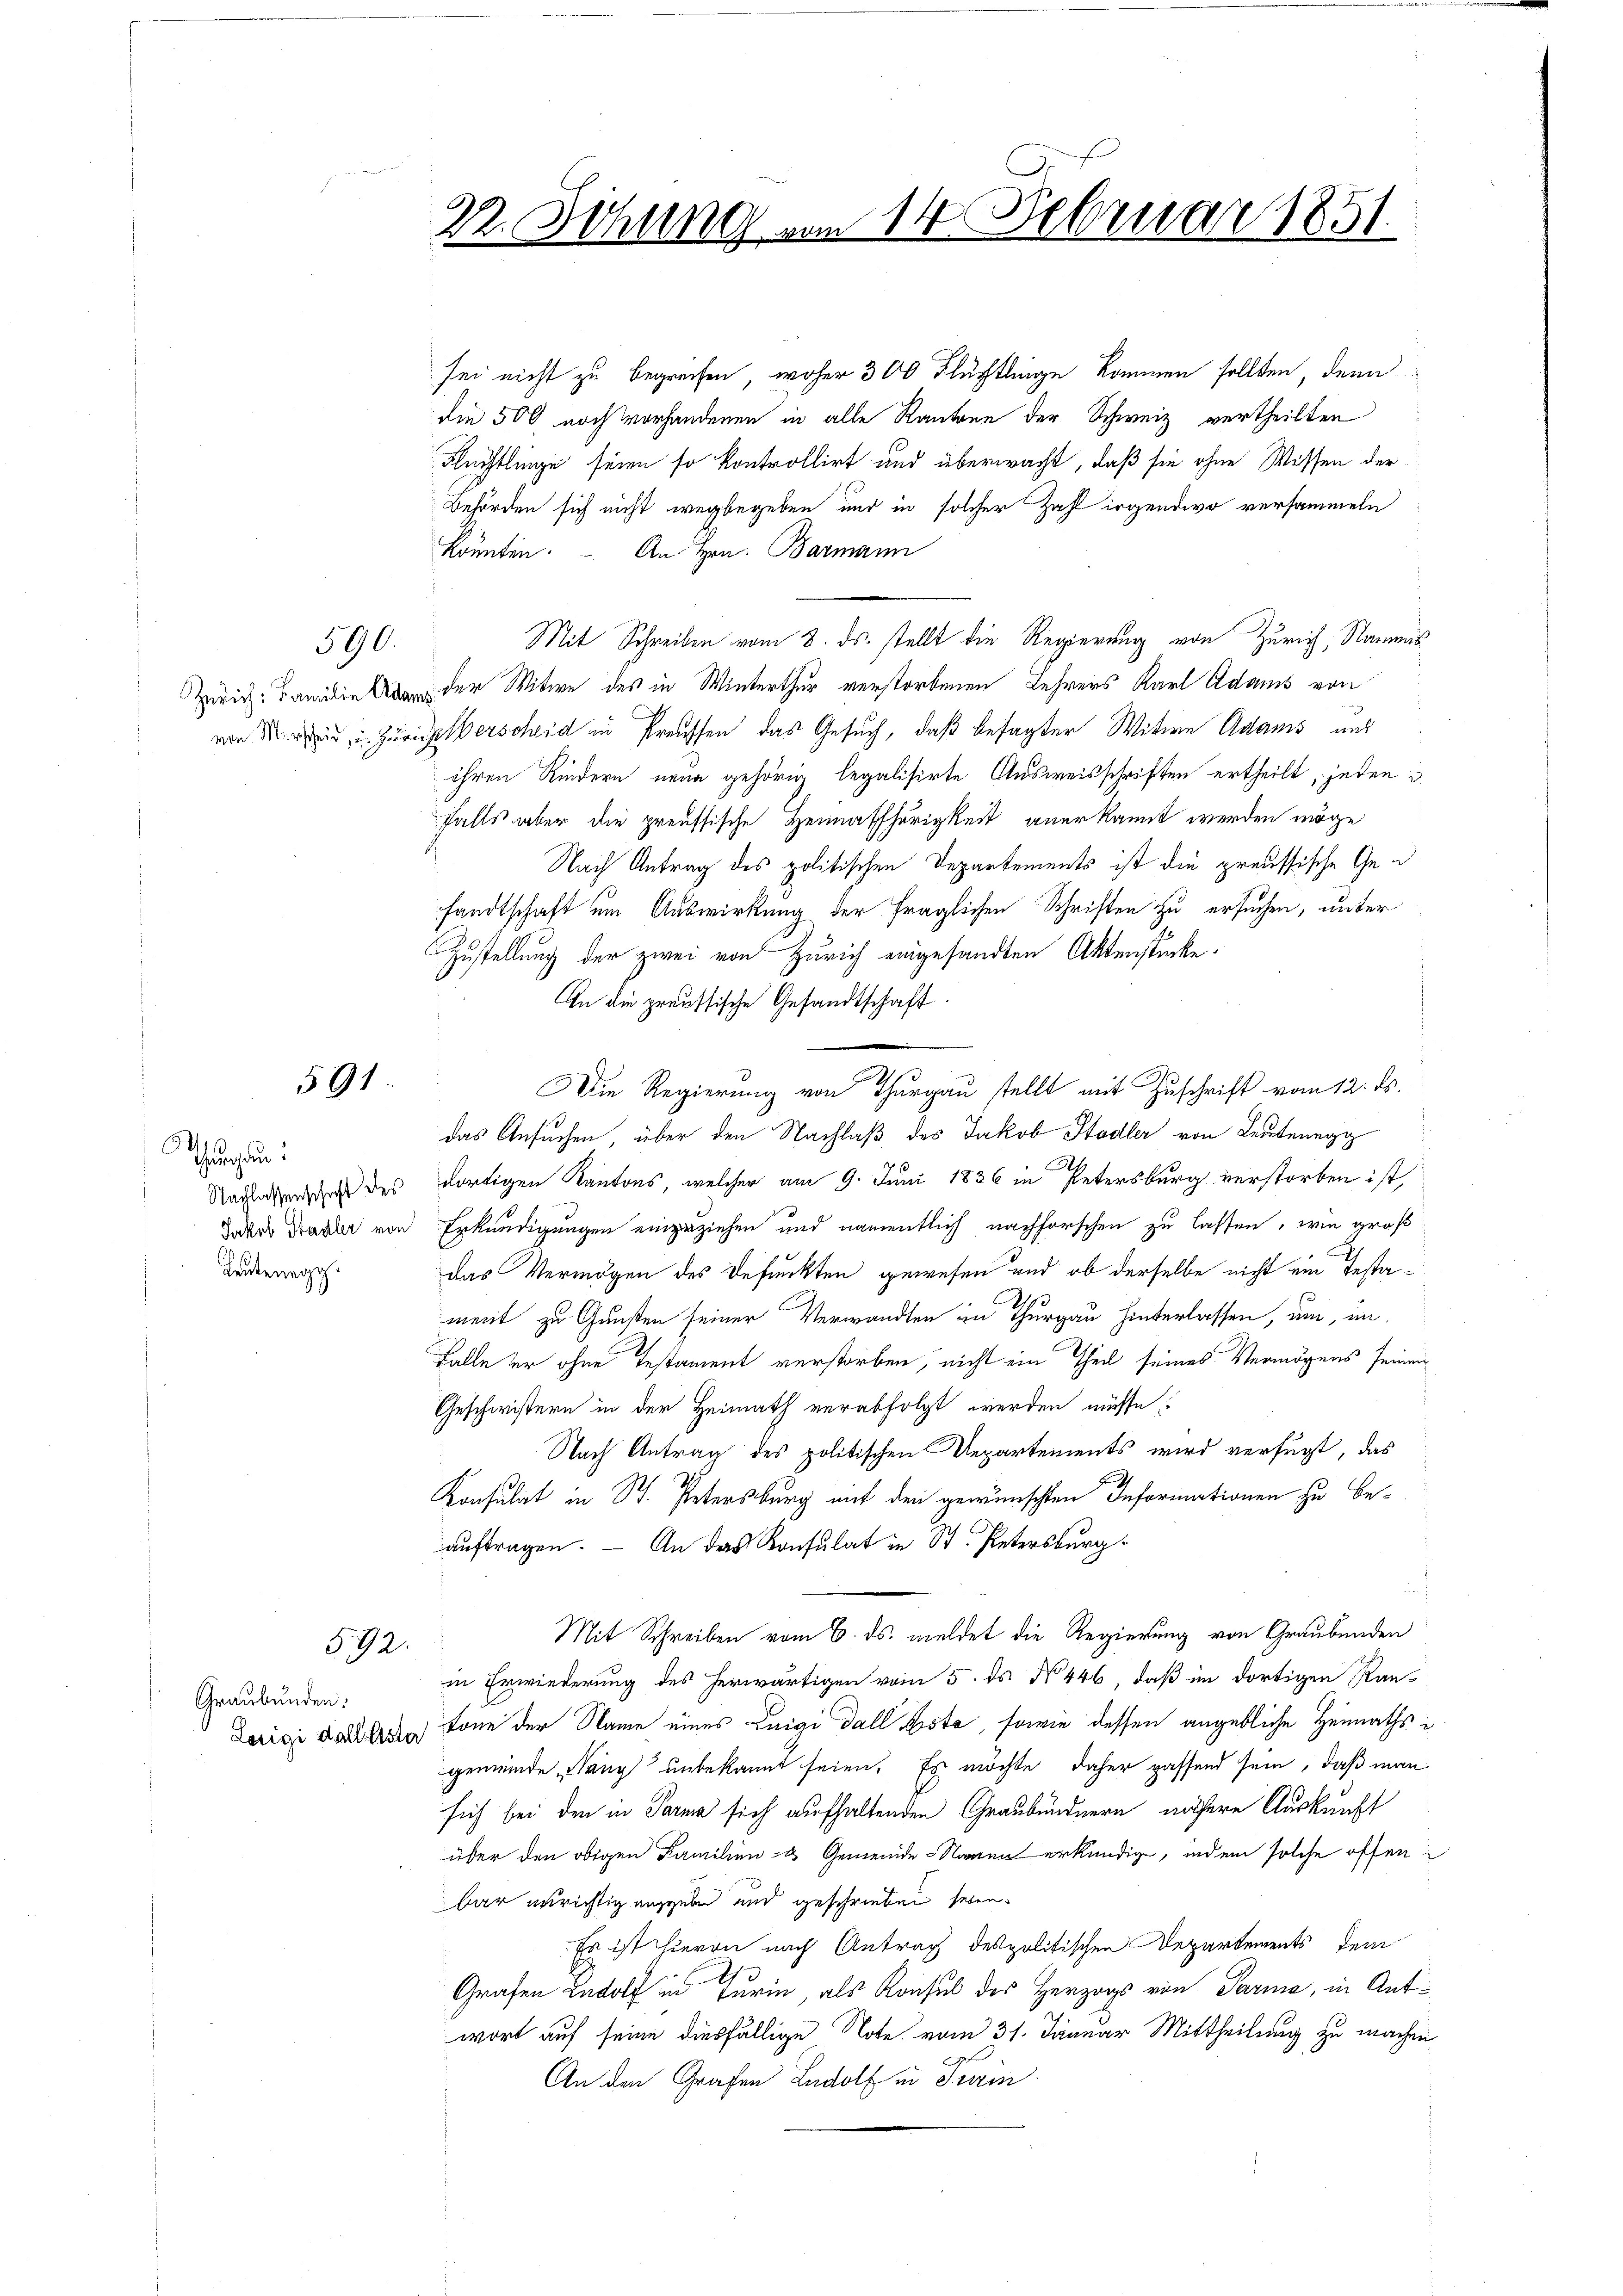
591

.
Thurgau.
Leutenegg

590.

592.

Graubünden:

22. Sitzung vom 14. Februar 1851.

sei nicht zu begreifen, woher 300 Flüchtlinge kommen sollten, denn
die 500 noch vorhandenen in alle Kantone der Schweiz vertheilten
Flüchtlinge seien so kontrollirt und überwacht, daß sie ohne Wissen der
Behörden sich nicht wegbegeben und in solcher Zahl irgendwo versammeln
könnten. An Hrn. Barmann
Mit Schreiben vom 8. ds. stellt die Regierung von Zürich, Nammis
Zürich der Witwe des in Winterthur verstorbenen Lehrers Karl Adams von
von Zürich erscheid in Preussen das Gesuch, daß besagter Witwe Adams und
ihren Kindern neue gehörig legalisirte Ausweisschriften ertheilt, jeden
falls aber die preussische Heimathörigkeit anerkannt werden möge
Nach Antrag des politischen Departements ist die preussische Gefandtschaft um Auswirkung der fraglichen Schriften zu ersuchen, unter
Zustellung der zwei von Zürich eingesandten Aktenstücke.
An die preussische Gesandtschaft
Die Regierung von Thurgau stellt mit Zuschrift vom 12. ds.
das Ansuchen, über den Nachlaß des Jakob Stadler von Leutenegg
Nachteten des dortigen Kantons, welcher am 9. Juni 1836 in Petersburg verstorben ist,
Lors Draker von Erkundigungen einzuziehen und namentlich nachforschen zu lassen, wie großdas Vermögen des Befunkten gewesen und ob derselbe nicht ein Testament zu Gunsten seiner Verwandten in Thurgau hinterlassen, um, un¬
Falle der ohne Testament verstorben, nicht ein Theil seines Vermögens seinen
Geschwistern in der Heimath verabfolgt werden müsse
Nach Antrag des politischen Departements wird verfügt, das
Konsulat in St. Petersburg auf den gewünschten Informationen zu beauftragen. – An das Konsulat in St. Petersburg.
Mit Schreiben vom 6. ds. meldet die Regierung von Graubünden
in Erwiederung des herwärtigen vom 5. ds N. 446, daß im dortigen Rauerici dal Tone der Name eines Luigi dall Bsta, sowie dessen angebliche Heimathsgemeinde Hang unbekannt seien. Es möchte daher passend sein, daß man
sich bei den in Parma sich aufhaltenden Graubündnern, nähere Auskunft
über den obigen Familien- & Gemeinde-Namen erkundige, indem solche offen
bar unrichtig angeben und geschrieben seien.
Es ist hieren nach Antrag despolitischen Departements dem
Grafen Rudolf in Turin, als Konsul des Herzogs von Parma, in Antwort auf seine diesfällige Note vom 31. Januar Mittheilung zu machen
An den Grafen Rudolf in Tram